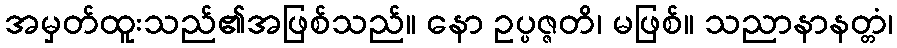
အမှတ်ထူးသည်၏အဖြစ်သည်။ နော ဥပ္ပဇ္ဇတိ၊ မဖြစ်။ သညာနာနတ္တံ၊